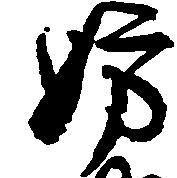
妨